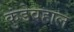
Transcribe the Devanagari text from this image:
कुंडेवहाल